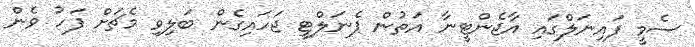
ސެމީ ފައިނަލްގައި އާޖެންޓީނާ އަތުން ޕެނަލްޓީ ޖަހައިގެން ބަލިވި މެޗަށް ފަހު ވެން